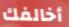
أخالفك